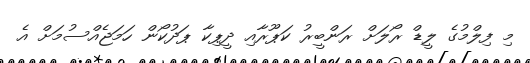
މި ފިލްމުގެ ލީޑް ރޯލަށް ރަންބީރު ކަޕޫރާއި ދީޕިކާ ޕަދުކޯން ހަމަޖެއްސުމަށް އެ